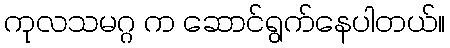
ကုလသမဂ္ဂ က ဆောင်ရွက်နေပါတယ်။